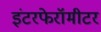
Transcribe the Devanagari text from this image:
इंटरफेरॉमीटर